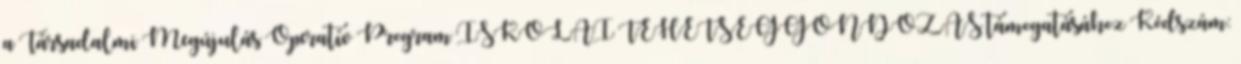
a Társadalmi Megújulás Operatív Program ISKOLAI TEHETSÉGGONDOZÁS támogatásához Kódszám: